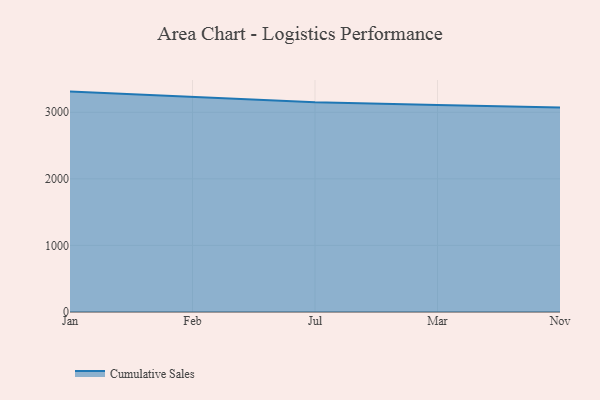
{"axis": {"x": "Month", "y": "Tickets Resolved"}, "legend": ["Cumulative Sales"], "data": [{"x": "Jan", "y": 3310.3, "type": "Cumulative Sales"}, {"x": "Feb", "y": 3231.0, "type": "Cumulative Sales"}, {"x": "Jul", "y": 3148.9, "type": "Cumulative Sales"}, {"x": "Mar", "y": 3110.7, "type": "Cumulative Sales"}, {"x": "Nov", "y": 3070.2, "type": "Cumulative Sales"}]}